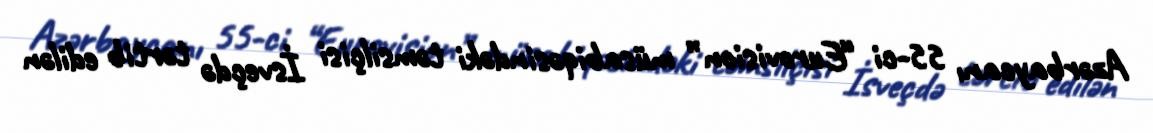
Azərbaycanı 55-ci “Eurovision” müsabiqəsindəki təmsilçisi İsveçdə tərtib edilən